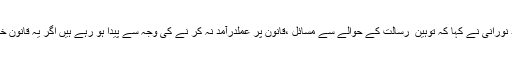
کنونشن سے خطاب کرتے ہوئے مولانا قاضی احمد نورانی نے کہا کہ توہین ِ رسالت کے حوالے سے مسائل ،قانون پر عملدرآمد نہ کر نے کی وجہ سے پیدا ہو رہے ہیں اگر یہ قانون ختم کیا گیا تو بہت سارے ممتاز قادری پیدا ہوں گے۔